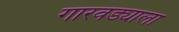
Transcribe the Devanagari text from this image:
गारवड्याला